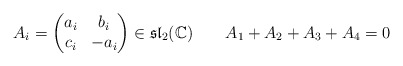
\begin{align*}A_i=\begin{pmatrix}a_i&b_i\\ c_i&-a_i\end{pmatrix}\in\mathfrak{sl}_2(\mathbb C)\ \ \ \ \ \ A_1+A_2+A_3+A_4=0\end{align*}